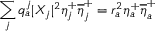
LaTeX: \sum _ { j } q _ { a } ^ { j } | X _ { j } | ^ { 2 } \eta _ { j } ^ { + } \overline { { { \eta } } } _ { j } ^ { + } = r _ { a } ^ { 2 } \eta _ { a } ^ { + } \overline { { { \eta } } } _ { a } ^ { + }